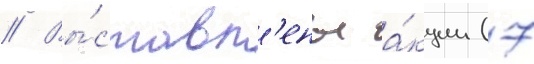
// Вы́ставл'ены а́кции (7